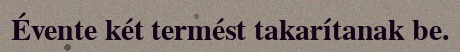
Évente két termést takarítanak be.